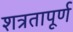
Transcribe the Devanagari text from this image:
शत्रतापूर्ण